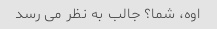
اوه، شما؟ جالب به نظر می رسد